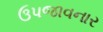
ઉપજાવનાર